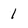
Character: 1